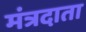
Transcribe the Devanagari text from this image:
मंत्रदाता